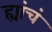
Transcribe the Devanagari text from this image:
ह्यांचं